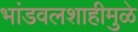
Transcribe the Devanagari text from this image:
भांडवलशाहीमुळे